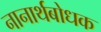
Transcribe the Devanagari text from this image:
नानार्थबोधक